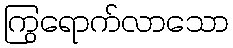
ကြွရောက်လာသော